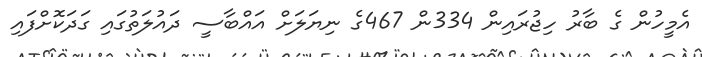
އެމީހުން ގެ ބާރު ހިޖުރައިން 334ން 467ގެ ނިޔަލަށް އައްބާސީ ދައުލަތުގައި ގަދަކޮށްފައި